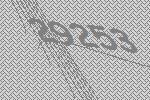
29253